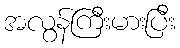
အလွန်ကြီးမားပြီး